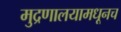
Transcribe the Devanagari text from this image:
मुद्रणालयामधूनच